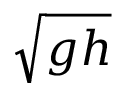
\sqrt { g h }